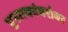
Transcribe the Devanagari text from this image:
पुस्तकांबरोबर